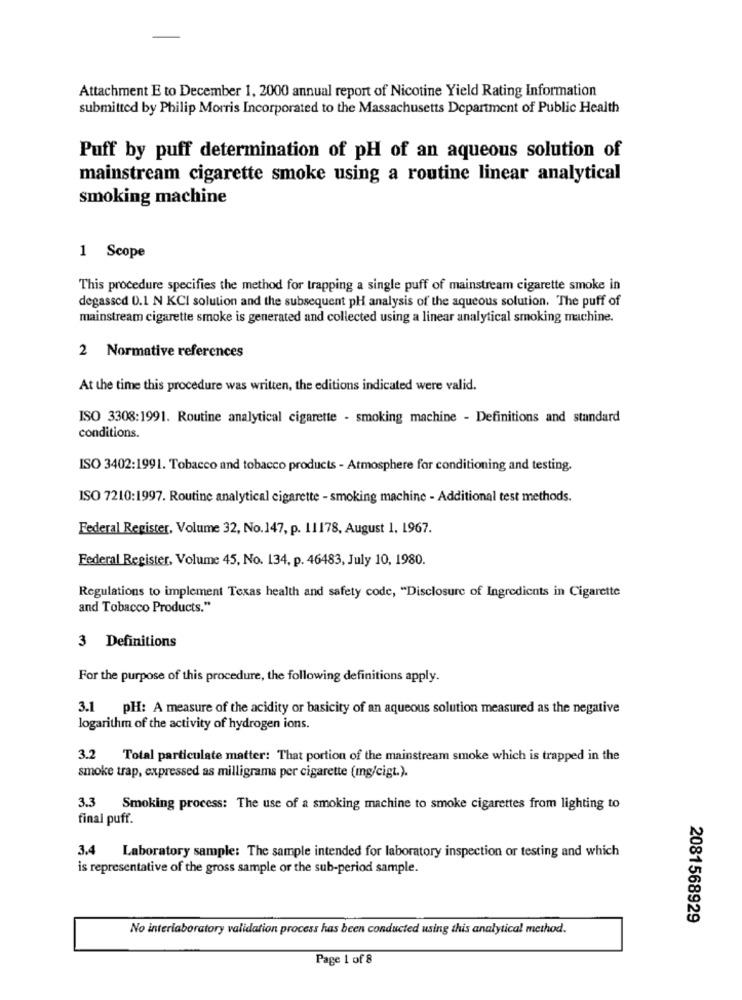
Attachment E to December 1, 2000 annual report of Nicotine Yield Rating Information
submitted by Philip Morris Incorporated to the Massachusetts Department of Public Health
Puff by puff determination of pH of an aqueous solution of
mainstream cigarette smoke using a routine linear analytical
smoking machine
1 Scope
This procedure specifies the method for trapping a single puff of mainstream cigarette smoke in
degassed 0.1 N KCI solution and the subsequent pH analysis of the aqueous solution. The puff of
mainstream cigarette smoke is generated and collected using a linear analytical smoking machine.
2 Normative references
At the time this procedure was written, the editions indicated were valid.
ISO 3308:1991. Routine analytical cigarette - smoking machine - Definitions and standard
conditions.
ISO 3402:1991. Tobacco and tobacco products - Atmosphere for conditioning and testing.
ISO 7210:1997. Routine analytical cigarette - smoking machine - Additional test methods.
Federal Register, Volume 32, No.147, p. 11178, August 1, 1967.
Federal Register, Volume 45, No. 134, p. 46483, July 10, 1980.
Regulations to implement Texas health and safety code, "Disclosure of Ingredients in Cigarette
and Tobacco Products."
3 Definitions
For the purpose of this procedure, the following definitions apply.
3.1 pH: A measure of the acidity or basicity of an aqueous solution measured as the negative
logarithm of the activity of hydrogen ions.
3.2 Total particulate matter: That portion of the mainstream smoke which is trapped in the
smoke trap, expressed as milligrams per cigarette (mg/cigt.).
3.3 Smoking process: The use of a smoking machine to smoke cigarettes from lighting to
final puff.
3.4 Laboratory sample: The sample intended for laboratory inspection or testing and which
is representative of the gross sample or the sub-period sample.
2081568929
No interlaboratory validation process has been conducted using this analytical method.
Page 1 of 8